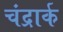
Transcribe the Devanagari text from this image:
चंद्रार्क